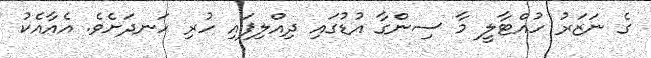
ގެ ނަޒަރު ހުއްޓާލީ މާ ސިންގާ އުޑުގައި ދިއްލިފައި ހުރި ހަނދަށެވެ. އެއާއެކު